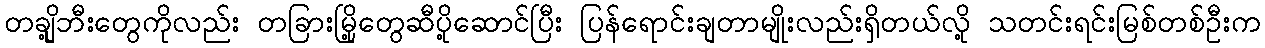
တချို့ဘီးတွေကိုလည်း တခြားမြို့တွေဆီပို့ဆောင်ပြီး ပြန်ရောင်းချတာမျိုးလည်းရှိတယ်လို့ သတင်းရင်းမြစ်တစ်ဦးက